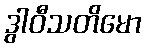
ဒွါဝီသတိမော